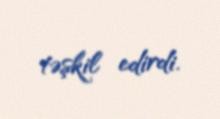
təşkil edirdi.